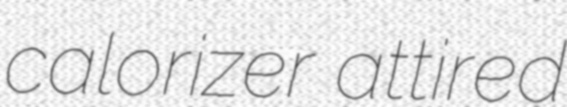
calorizer attired